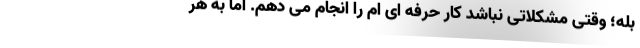
بله؛ وقتی مشکلاتی نباشد کار حرفه ای ام را انجام می دهم. اما به هر